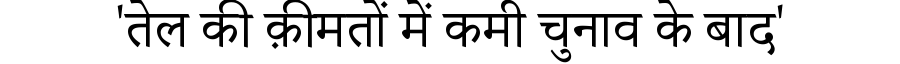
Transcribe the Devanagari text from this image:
'तेल की क़ीमतों में कमी चुनाव के बाद'